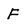
Character: F